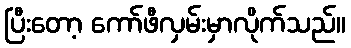
ပြီးတော့ ကော်ဖီလှမ်းမှာလိုက်သည်။